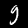
Label: 9